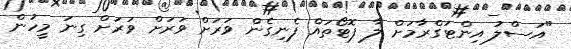
"އަސްލު އިންޓަގްރާމަށް ލާ ފޮޓޯތައް ފެނިގެން ވަރަށް ވަރަށް ވަރަށް ގިނަ މީހުން